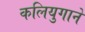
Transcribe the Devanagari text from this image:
कलियुगाने